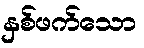
နှစ်ဖက်သော